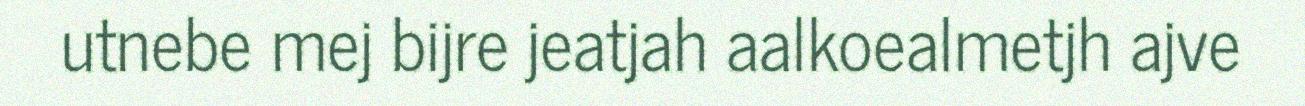
utnebe mej bijre jeatjah aalkoealmetjh ajve